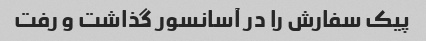
پیک سفارش را در آسانسور گذاشت و رفت